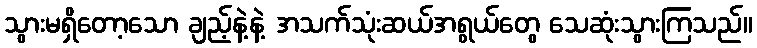
သွားမရှိတော့သော ချည့်နဲ့နဲ့ အသက်သုံးဆယ်အရွယ်တွေ သေဆုံးသွားကြသည်။